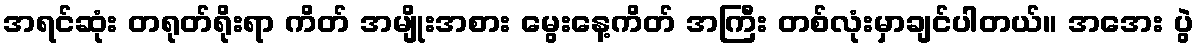
အရင်ဆုံး တရုတ်ရိုးရာ ကိတ် အမျိုးအစား မွေးနေ့ကိတ် အကြီး တစ်လုံးမှာချင်ပါတယ်။ အအေး ပွဲ